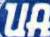
UA